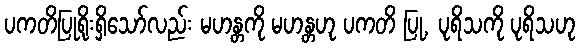
ပကတိပြုရိုးရှိသော်လည်း မဟန္တကို မဟန္တဟု ပကတိ ပြု, ပုရိသကို ပုရိသဟု